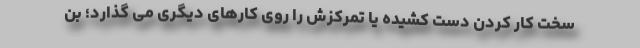
سخت کار کردن دست کشیده یا تمرکزش را روی کارهای دیگری می گذارد؛ بن